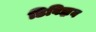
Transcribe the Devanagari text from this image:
डिविझ़न